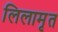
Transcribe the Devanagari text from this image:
लिलामृत